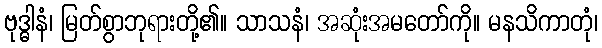
ဗုဒ္ဓါနံ၊ မြတ်စွာဘုရားတို့၏။ သာသနံ၊ အဆုံးအမတော်ကို။ မနသိကာတုံ၊